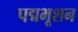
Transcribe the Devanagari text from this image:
पद्मभूशन